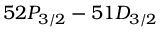
5 2 P _ { 3 / 2 } - 5 1 D _ { 3 / 2 }